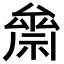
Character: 𥚪